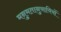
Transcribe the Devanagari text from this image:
मनुमतानुयायियों